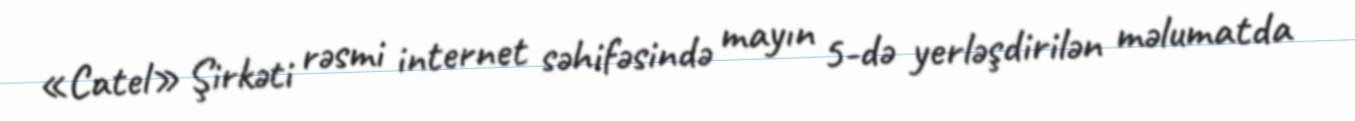
«Catel» Şirkəti rəsmi internet səhifəsində mayın 5-də yerləşdirilən məlumatda